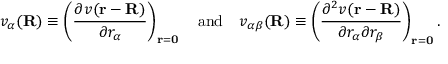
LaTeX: v _ { \alpha } ( \mathbf { R } ) \equiv \left( { \frac { \partial v ( \mathbf { r } - \mathbf { R } ) } { \partial r _ { \alpha } } } \right) _ { \mathbf { r } = \mathbf { 0 } } \quad { \mathrm { a n d } } \quad v _ { \alpha \beta } ( \mathbf { R } ) \equiv \left( { \frac { \partial ^ { 2 } v ( \mathbf { r } - \mathbf { R } ) } { \partial r _ { \alpha } \partial r _ { \beta } } } \right) _ { \mathbf { r } = \mathbf { 0 } } .